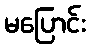
မပြောင်း